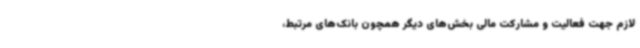
لازم جهت فعالیت و مشارکت مالی بخش‌های دیگر همچون بانک‌های مرتبط،